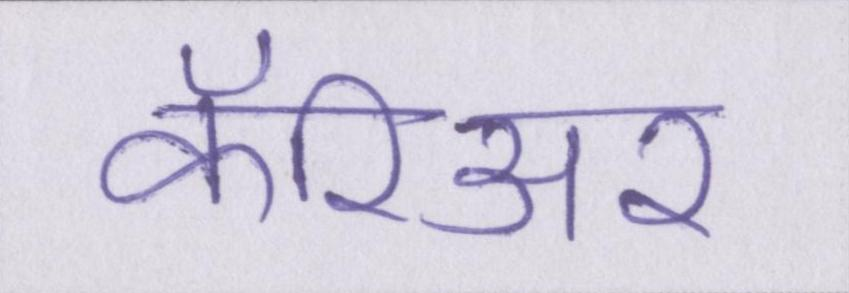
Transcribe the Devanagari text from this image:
कॅरिअर